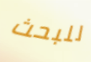
للبحث